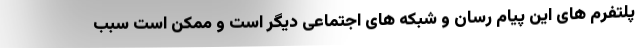
پلتفرم های این پیام رسان و شبکه های اجتماعی دیگر است و ممکن است سبب